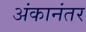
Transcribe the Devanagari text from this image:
अंकानंतर